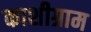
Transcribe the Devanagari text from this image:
काशीग्राम